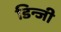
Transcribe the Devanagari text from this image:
डिन्जी